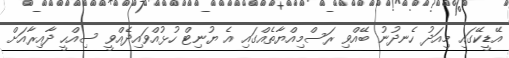
އޭޑީކޭގައި މިއަދު ހެނދުނު ބޭއްވި ރަސްމިއްޔާތެއްގައި އެ ޔުނިޓް ހުޅުއްވައިދެއްވީ ސިއްހީ ދާއިރާއަށް